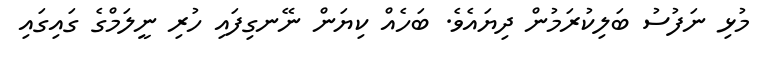
މުޅި ނަފުސު ބަލިކުރަމުން ދިޔައެވެ. ބަހެއް ކިޔަން ނޭނގިފައި ހުރި ނީލަމްގެ ގައިގައި